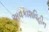
અવકાશવિહીન